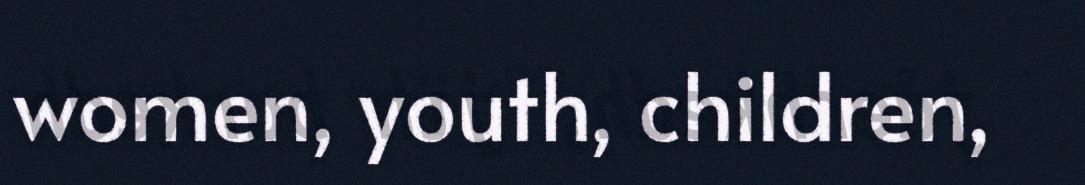
women, youth, children,